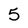
Character: 5